Indian journal of veterinary science and animal husbandry - Volumes 26-27, 1956-1957
Year: 1956
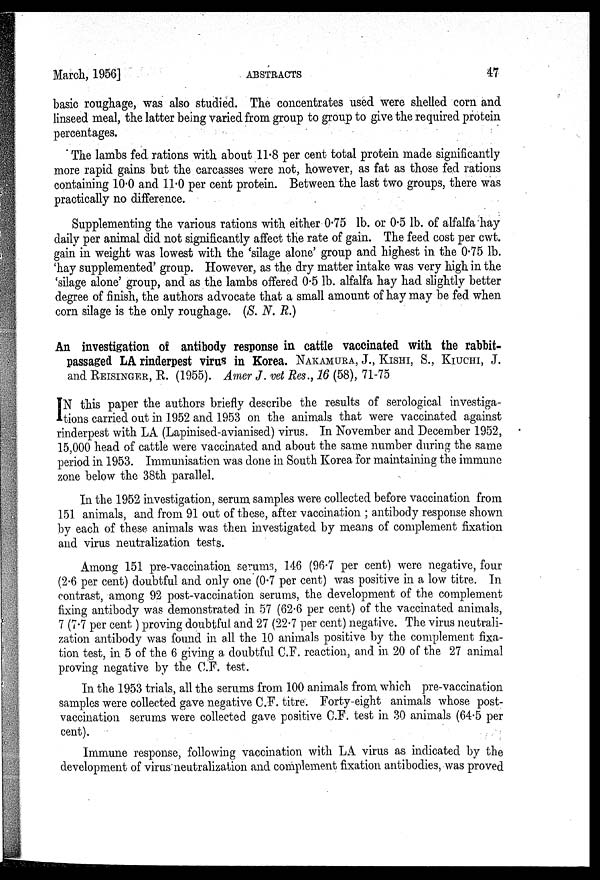
March, 1956]
ABSTRACTS
47
basic roughage, was also studied. The concentrates used were shelled corn and
linseed meal, the latter being varied from group to group to give the required protein
percentages.
The lambs fed rations with about 11.8 per cent total protein made significantly
more rapid gains but the carcasses were not, however, as fat as those fed rations
containing 10.0 and 11.0 per cent protein. Between the last two groups, there was
practically no difference.
Supplementing the various rations with either 0.75 lb. or 0.5 lb. of alfalfa hay
daily per animal did not significantly affect the rate of gain. The feed cost per cwt.
gain in weight was lowest with the 'silage alone' group and highest in the 0.75 lb.
'hay supplemented' group. However, as the dry matter intake was very high in the
'silage alone' group, and as the lambs offered 0.5 lb. alfalfa hay had slightly better
degree of finish, the authors advocate that a small amount of hay may be fed when
corn silage is the only roughage. (S. N. R.)
An investigation of antibody response in cattle vaccinated with the rabbit-
passaged LA rinderpest virus in Korea. NAKAMURA, J., KISHI, S., KIUCHI, J.
and REISINGER, R. (1955). Amer J. vet Res., 16 (58), 71-75
I N this paper the authors briefly describe the results of serological investiga-
tions carried out in 1952 and 1953 on the animals that were vaccinated against
rinderpest with LA (Lapinised-avianised) virus. In November and December 1952,
15,000 head of cattle were vaccinated and about the same number during the same
period in 1953. Immunisation was done in South Korea for maintaining the immune
zone below the 38th parallel.
In the 1952 investigation, serum samples were collected before vaccination from
151 animals, and from 91 out of these, after vaccination ; antibody response shown
by each of these animals was then investigated by means of complement fixation
and virus neutralization tests.
Among 151 pre-vaccination serums, 146 (96.7 per cent) were negative, four
(2.6 per cent) doubtful and only one (0.7 per cent) was positive in a low titre. In
contrast, among 92 post-vaccination serums, the development of the complement
fixing antibody was demonstrated in 57 (62.6 per cent) of the vaccinated animals,
7 (7.7 per cent ) proving doubtful and 27 (22.7 per cent) negative. The virus neutrali-
zation antibody was found in all the 10 animals positive by the complement fixa-
tion test, in 5 of the 6 giving a doubtful C.F. reaction, and in 20 of the 27 animal
proving negative by the C.F. test.
In the 1953 trials, all the serums from 100 animals from which pre-vaccination
samples were collected gave negative C.F. titre. Forty-eight animals whose post-
vaccination serums were collected gave positive C.F. test in 30 animals (64.5 per
cent).
Immune response, following vaccination with LA virus as indicated by the
development of virus neutralization and complement fixation antibodies, was proved